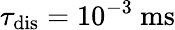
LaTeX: \tau_{\mathrm{dis}}=10^{-3}~\mathrm{ms}